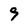
Character: 9